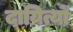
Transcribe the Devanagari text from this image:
दायित्यों